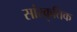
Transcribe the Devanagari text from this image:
सांस्‍कृतिक